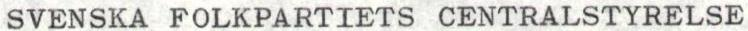
SVENSKA FOLKPARTIETS CENTRALSTYRELSE